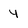
Character: 4